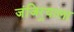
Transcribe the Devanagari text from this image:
जंजिर्‍याला